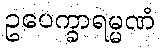
ဥပေက္ခာရမ္မဏံ